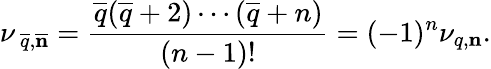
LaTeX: \nu_{\, \overline{{q}},\overline{{{\mathbf n}}}}={\frac{\overline{{q}}(\overline{{q}}+2)\cdots(\overline{{q}}+n)}{(n-1)!}}=(-1)^{n}\nu_{q,{\mathbf n}}.